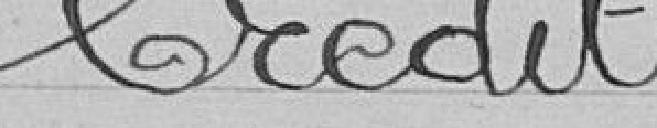
crédit